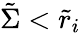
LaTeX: \tilde{\Sigma}<\tilde{r}_{i}